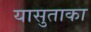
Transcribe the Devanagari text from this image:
यासुताका